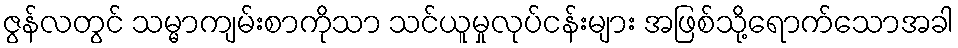
ဇွန်လတွင် သမ္မာကျမ်းစာကိုသာ သင်ယူမှုလုပ်ငန်းများ အဖြစ်သို့ရောက်သောအခါ